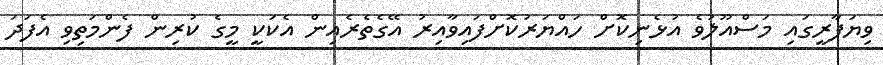
ވިޔަފާރީގައި މަސްއޫލުވެ އުޅެނިކޮށް ހައްޔަރުކޮށްފައިވާއިރު އޭގެތެރެއިން އެކަކީ މީގެ ކުރިން ފެންމަތިވި އެފަދަ